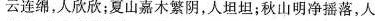
云连绵，人欣欣；夏山嘉木繁阴，人坦坦；秋山明净摇落，人